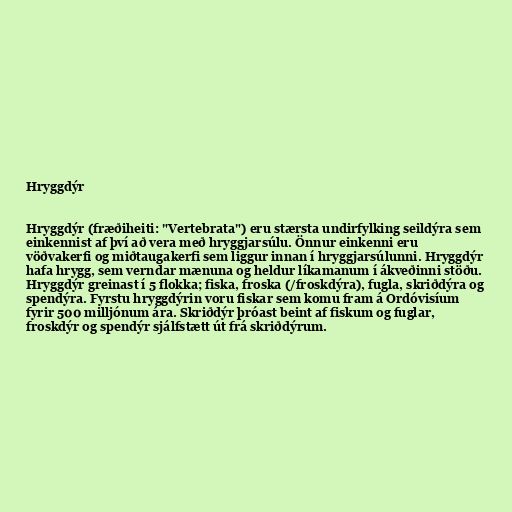
Hryggdýr

Hryggdýr (fræðiheiti: "Vertebrata") eru stærsta undirfylking seildýra sem
einkennist af því að vera með hryggjarsúlu. Önnur einkenni eru
vöðvakerfi og miðtaugakerfi sem liggur innan í hryggjarsúlunni. Hryggdýr
hafa hrygg, sem verndar mænuna og heldur líkamanum í ákveðinni stöðu.
Hryggdýr greinast í 5 flokka; fiska, froska (/froskdýra), fugla, skriðdýra og
spendýra. Fyrstu hryggdýrin voru fiskar sem komu fram á Ordóvisíum
fyrir 500 milljónum ára. Skriðdýr þróast beint af fiskum og fuglar,
froskdýr og spendýr sjálfstætt út frá skriðdýrum.